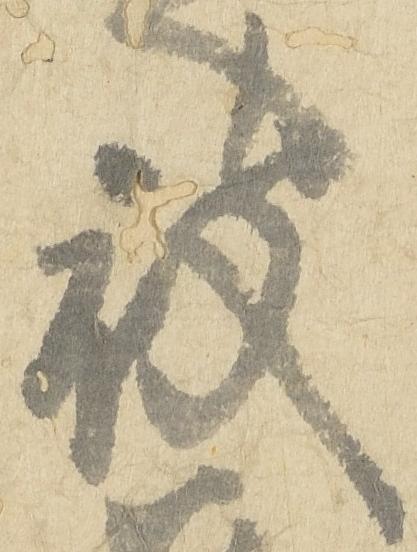
被